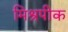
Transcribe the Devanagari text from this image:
मिश्रपीक